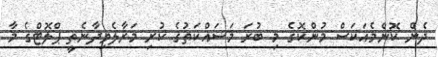
ދެން ކޮންމެއަކަސް މުންކޮގެ މި ބުރަ މަސައްކަތުގެ ކުރި މަރާލެވިދާނެތީ ޕްލޮޓްގެ މާ